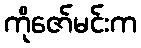
ကိုဇော်မင်းက